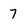
Character: 7